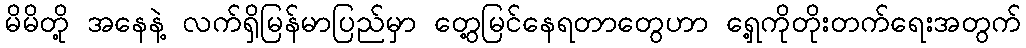
မိမိတို့ အနေနဲ့ လက်ရှိမြန်မာပြည်မှာ တွေ့မြင်နေရတာတွေဟာ ရှေ့ကိုတိုးတက်ရေးအတွက်